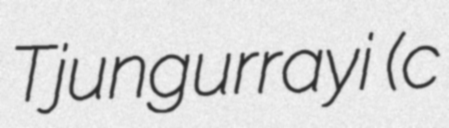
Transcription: Tjungurrayi (c